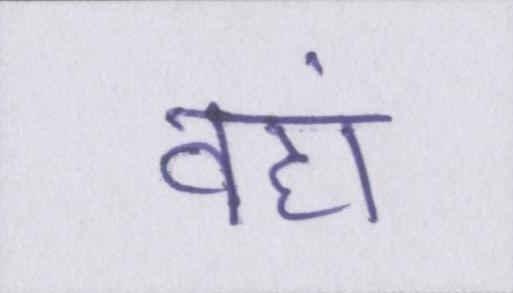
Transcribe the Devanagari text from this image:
वहां